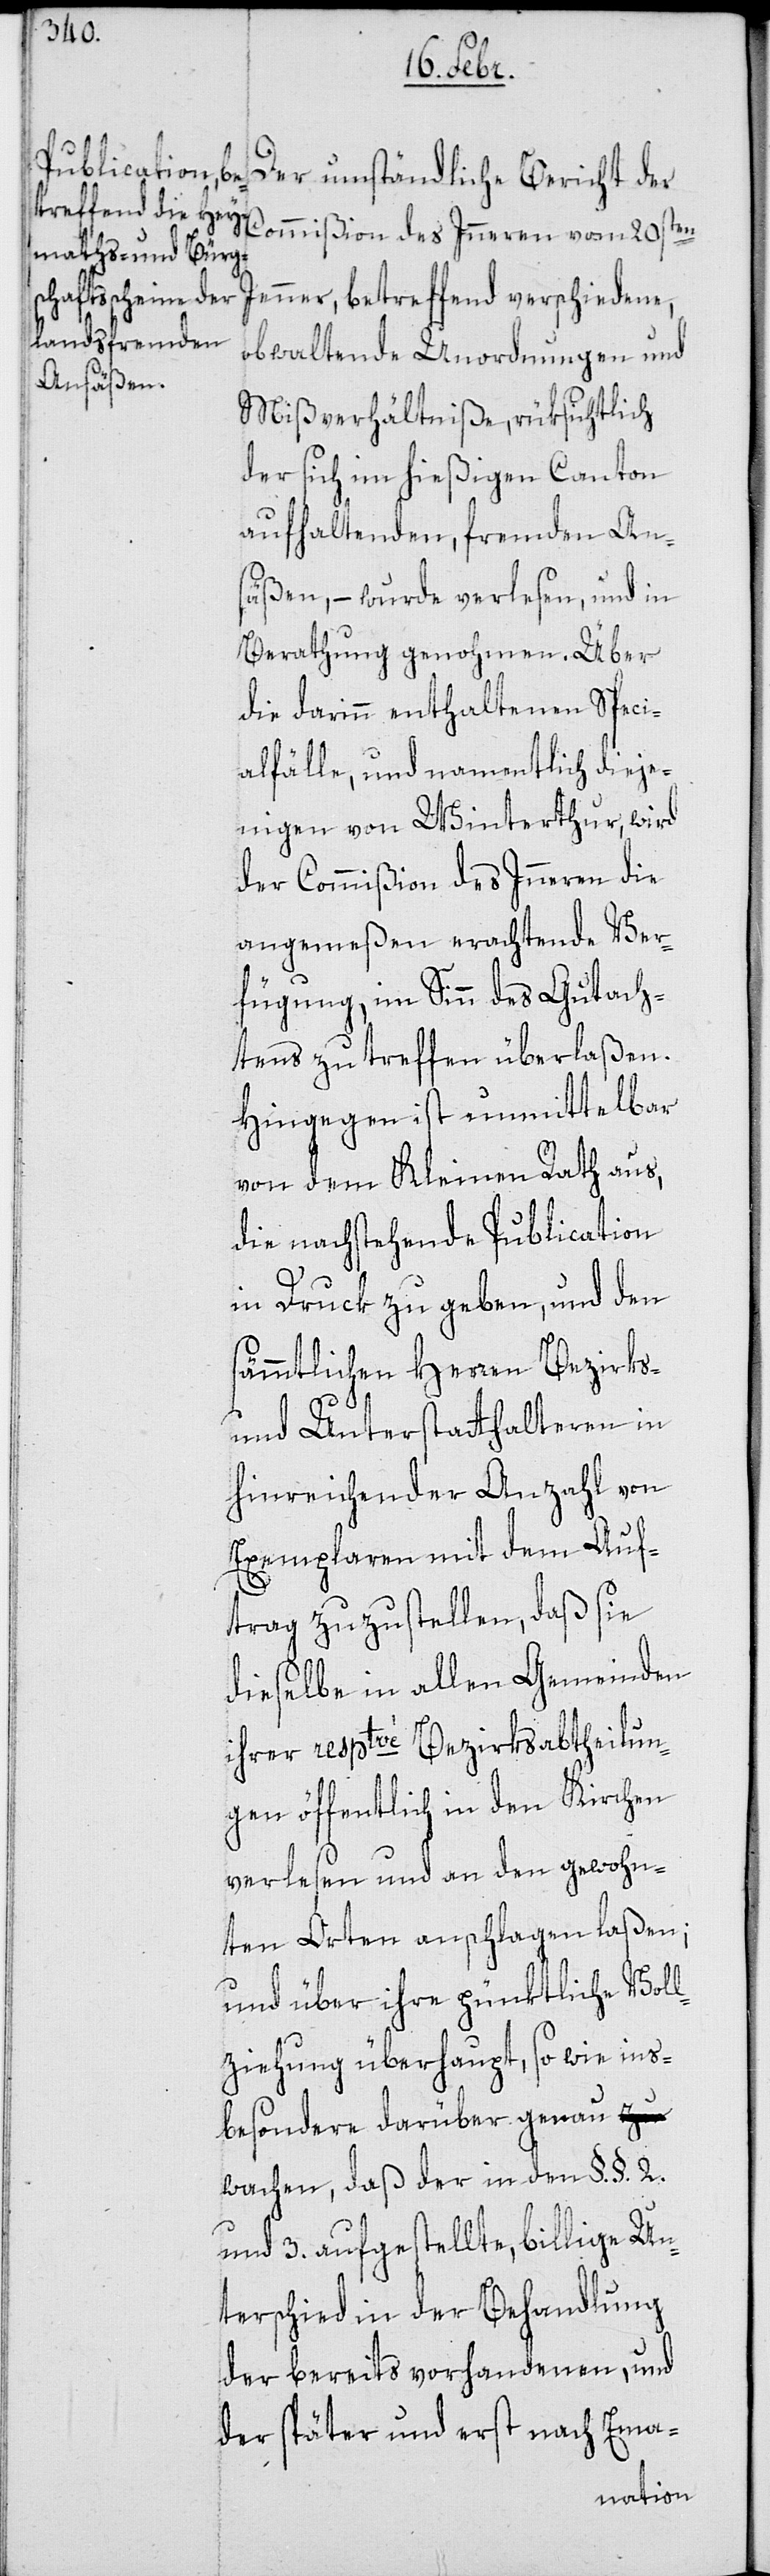
Der umständliche Bericht der
Commißion des Inneren vom 20sten
Jenner, betreffend verschiedene,
obwaltende Unordnungen und
Mißverhältniße, rüksichtlich
der sich im hießigen Canton
aufhaltenden fremden An¬
säßen, – wurde verlesen, und in
Berathung genohmen. Über
die darinn enthaltenen Speci¬
alfälle, und namentlich dieje¬
nigen von Winterthur, wird
der Commißion des Inneren die
angemeßen erachtende Ver¬
fügung, im Sinn des Gutach¬
tens zu treffen überlaßen.
Hingegen ist unmittelbar
von dem Kleinen Rath aus,
die nachstehende Publication
in Druck zu geben, und den
sämmtlichen Herren Bezirks-
und Unterstatthalteren in
hinreichender Anzahl von
Exemplaren mit dem Auf¬
trag zuzustellen, daß sie
dieselbe in allen Gemeinden
ihrer resptve Bezirksabtheilun¬
gen öffentlich in den Kirchen
verlesen und an den gewohn¬
ten Orten anschlagen laßen;
und über ihre pünktliche Voll¬
ziehung überhaupt, sowie ins¬
besondere darüber genau
wachen, daß der in den §.§. 2.
und 3. aufgestellte, billige Un¬
terschied in der Behandlung
der bereits vorhandenen, und
der später und erst nach Ema-